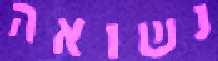
נשואה